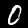
Label: 0